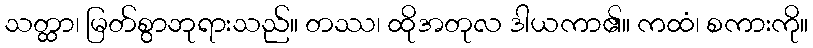
သတ္ထာ၊ မြတ်စွာဘုရားသည်။ တဿ၊ ထိုအတုလ ဒါယကာ၏။ ကထံ၊ စကားကို။